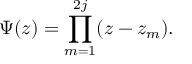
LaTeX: \Psi ( z ) = \prod _ { m = 1 } ^ { 2 j } ( z - z _ { m } ) .